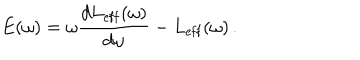
E ( \omega ) = \omega \frac { d L _ { \mathrm { e f f } } ( \omega ) } { d \omega } - L _ { \mathrm { e f f } } ( \omega ) \, .